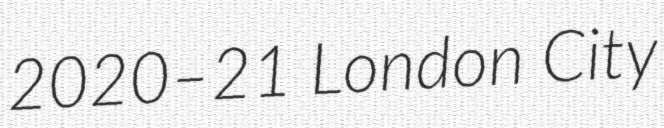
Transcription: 2020–21 London City